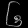
Digit: ၆